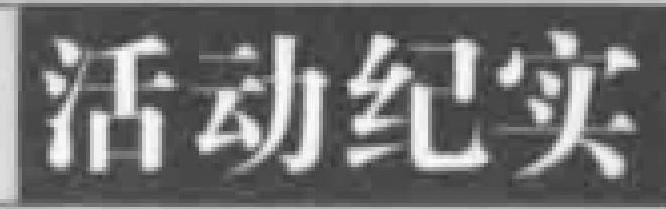
活动纪实